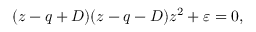
\begin{array} { l } { \displaystyle { ( z - q + D ) ( z - q - D ) z ^ { 2 } + \varepsilon = 0 , } } \end{array}